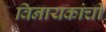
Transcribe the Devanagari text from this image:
विनायकांची